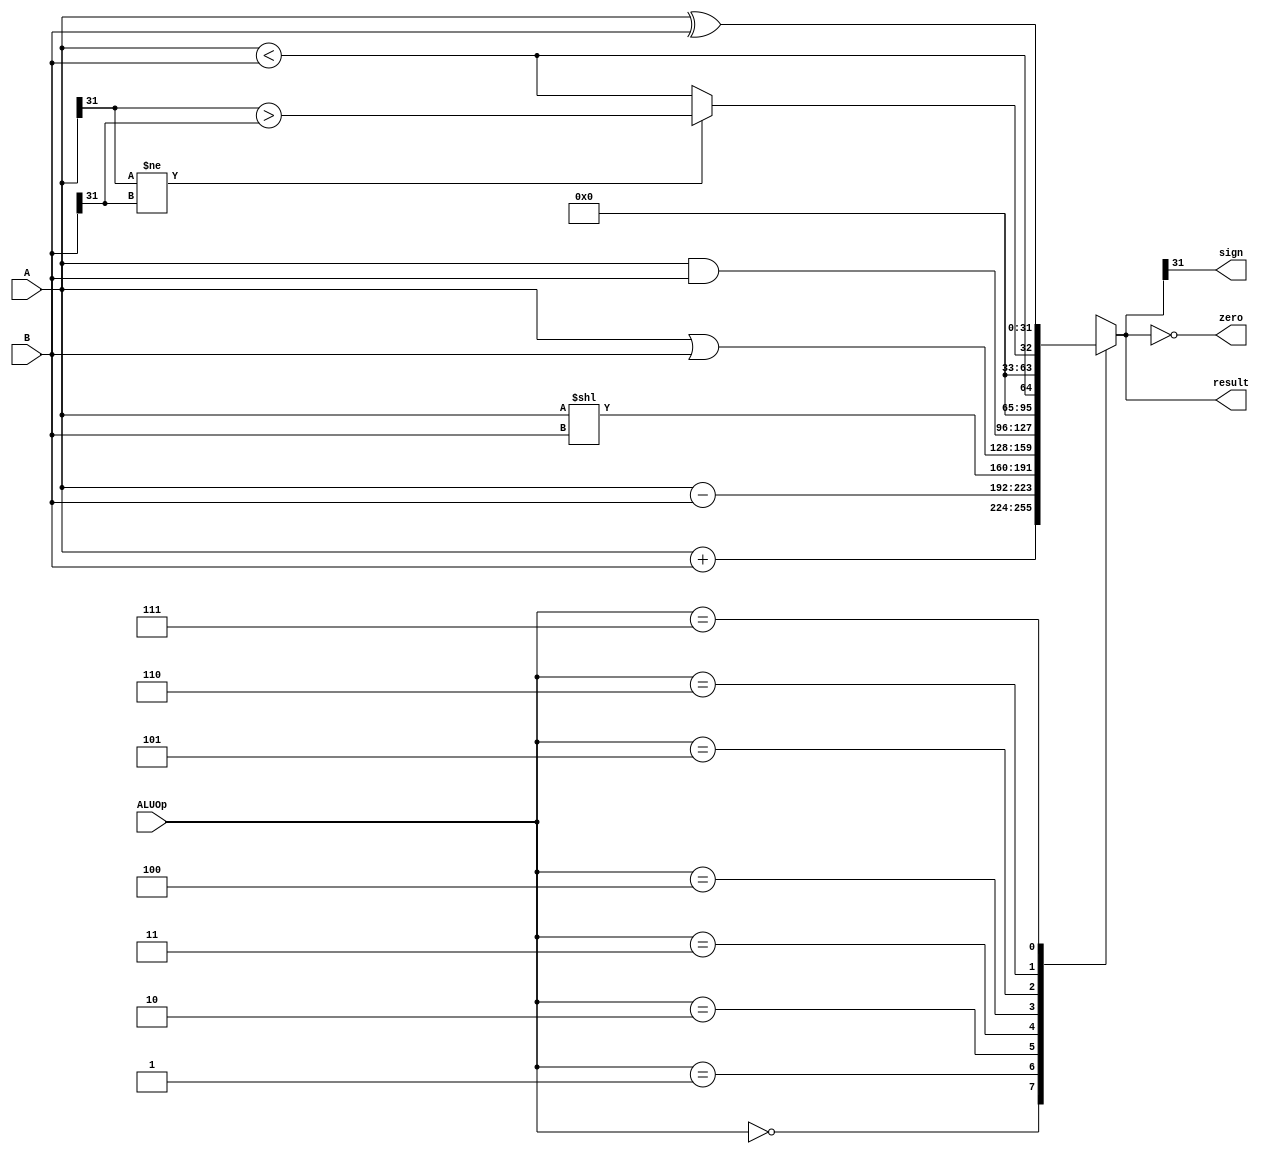
`timescale 1ns / 1ps
//////////////////////////////////////////////////////////////////////////////////
// Company: 
// Engineer: 
// 
// Design Name: 
// Module Name: ALU
// Project Name: 
// Target Devices: 
// Tool Versions: 
// Description: 
// 
// Dependencies: 
// 
// Revision:
// Revision 0.01 - File Created
// Additional Comments:
// 
//////////////////////////////////////////////////////////////////////////////////


module ALU(
	input[2:0] ALUOp,
	input[31:0] A,
	input[31:0] B,
	output zero,
	output reg[31:0] result,
	output sign
);
	parameter _ADD=	3'b000;
	parameter _SUB=	3'b001;
	parameter _SLL=	3'b010;
	parameter _OR=	3'b011;
	parameter _AND=	3'b100;
	parameter _SLTU=	3'b101;
	parameter _SLT=	3'b110;
	parameter _XOR=	3'b111;
	assign zero=	result==0;
	assign sign=	result[31];
	always@(*)begin
		case(ALUOp)
		_ADD:	result=	A+B;
		_SUB:	result=	A-B;
		_SLL:	result=	A<<B;
		_OR:	result=	A|B;
		_AND:	result=	A&B;
		_SLTU:	result=	A<B;
		_SLT:	result=	A[31]!=B[31]?A[31]>B[31]:A<B;
		_XOR:	result=	A^B;
		default:	result=	0;
		endcase
	end
endmodule